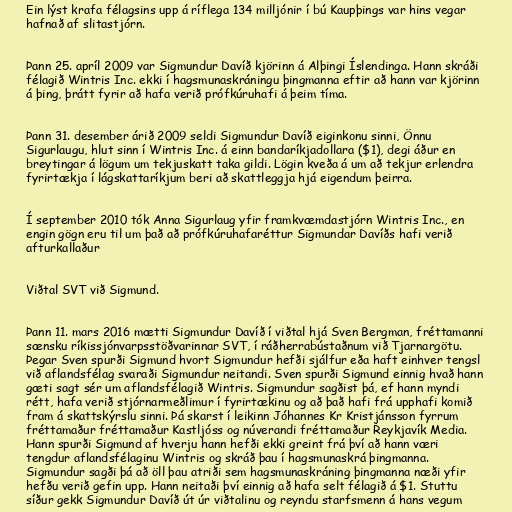
Ein lýst krafa félagsins upp á ríflega 134 milljónir í bú Kaupþings var hins vegar
hafnað af slitastjórn.

Þann 25. apríl 2009 var Sigmundur Davíð kjörinn á Alþingi Íslendinga. Hann skráði
félagið Wintris Inc. ekki í hagsmunaskráningu þingmanna eftir að hann var kjörinn
á þing, þrátt fyrir að hafa verið prófkúruhafi á þeim tíma.

Þann 31. desember árið 2009 seldi Sigmundur Davíð eiginkonu sinni, Önnu
Sigurlaugu, hlut sinn í Wintris Inc. á einn bandaríkjadollara ($1), degi áður en
breytingar á lögum um tekjuskatt taka gildi. Lögin kveða á um að tekjur erlendra
fyrirtækja í lágskattaríkjum beri að skattleggja hjá eigendum þeirra.

Í september 2010 tók Anna Sigurlaug yfir framkvæmdastjórn Wintris Inc., en
engin gögn eru til um það að prófkúruhafaréttur Sigmundar Davíðs hafi verið
afturkallaður

Viðtal SVT við Sigmund.

Þann 11. mars 2016 mætti Sigmundur Davíð í viðtal hjá Sven Bergman, fréttamanni
sænsku ríkissjónvarpsstöðvarinnar SVT, í ráðherrabústaðnum við Tjarnargötu.
Þegar Sven spurði Sigmund hvort Sigmundur hefði sjálfur eða haft einhver tengsl
við aflandsfélag svaraði Sigmundur neitandi. Sven spurði Sigmund einnig hvað hann
gæti sagt sér um aflandsfélagið Wintris. Sigmundur sagðist þá, ef hann myndi
rétt, hafa verið stjórnarmeðlimur í fyrirtækinu og að það hafi frá upphafi komið
fram á skattskýrslu sinni. Þá skarst í leikinn Jóhannes Kr Kristjánsson fyrrum
fréttamaður fréttamaður Kastljóss og núverandi fréttamaður Reykjavík Media.
Hann spurði Sigmund af hverju hann hefði ekki greint frá því að hann væri
tengdur aflandsfélaginu Wintris og skráð þau í hagsmunaskrá þingmanna.
Sigmundur sagði þá að öll þau atriði sem hagsmunaskráning þingmanna næði yfir
hefðu verið gefin upp. Hann neitaði því einnig að hafa selt félagið á $1. Stuttu
síður gekk Sigmundur Davíð út úr viðtalinu og reyndu starfsmenn á hans vegum